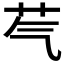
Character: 芞